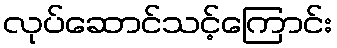
လုပ်ဆောင်သင့်ကြောင်း